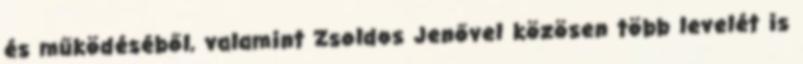
és működéséből, valamint Zsoldos Jenővel közösen több levelét is